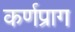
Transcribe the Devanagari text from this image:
कर्णप्राग